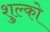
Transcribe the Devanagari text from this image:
शुल्को